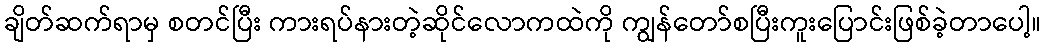
ချိတ်ဆက်ရာမှ စတင်ပြီး ကားရပ်နားတဲ့ဆိုင်လောကထဲကို ကျွန်တော်စပြီးကူးပြောင်းဖြစ်ခဲ့တာပေါ့။